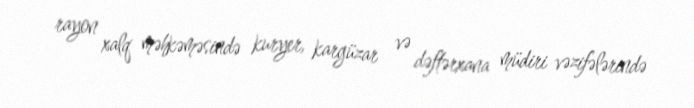
rayon xalq məhkəməsində kuryer, kargüzar və dəftərxana müdiri vəzifələrində